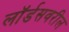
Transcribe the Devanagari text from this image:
लॉर्डसवरील